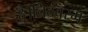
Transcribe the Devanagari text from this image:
है।चिदंबरम